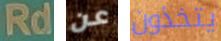
Rd عن يتخذون